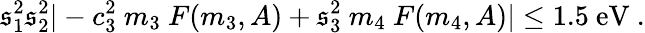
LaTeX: \mathfrak{s}_{1}^{2}\mathfrak{s}_{2}^{2}|-c_{3}^{2}~m_{3}~F(m_{3},A)+\mathfrak{s}_{3}^{2}~m_{4}~F(m_{4},A)|\leq1.5~\mathrm{{eV}}\ .